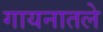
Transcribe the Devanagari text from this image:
गायनातले